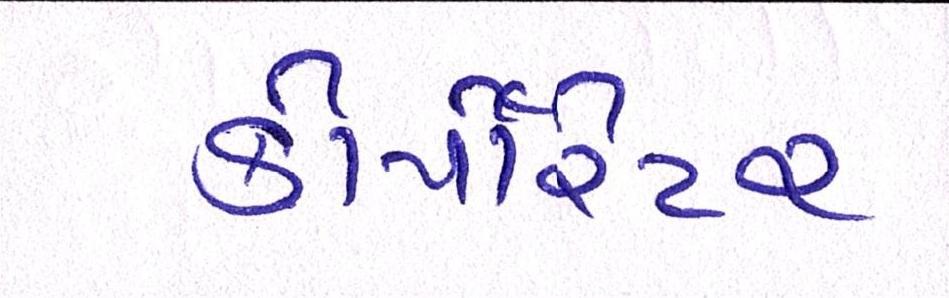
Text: કોર્પોરેટર